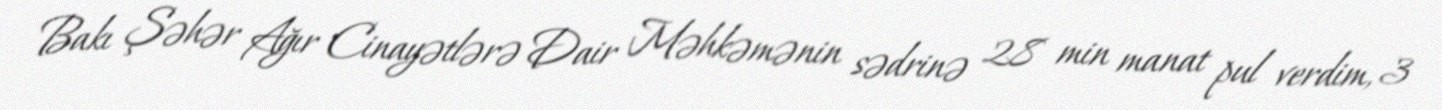
Bakı Şəhər Ağır Cinayətlərə Dair Məhkəmənin sədrinə 28 min manat pul verdim, 3